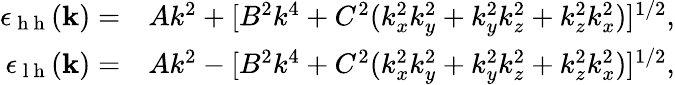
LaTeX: \begin{array}{rl}{\epsilon_{\mathrm{~h~h~}}(\mathbf k)=}&{{}Ak^{2}+[B^{2}k^{4}+C^{2}(k_{x}^{2}k_{y}^{2}+k_{y}^{2}k_{z}^{2}+k_{z}^{2}k_{x}^{2})]^{1/2},}\\ {\epsilon_{\mathrm{~l~h~}}(\mathbf k)=}&{{}Ak^{2}-[B^{2}k^{4}+C^{2}(k_{x}^{2}k_{y}^{2}+k_{y}^{2}k_{z}^{2}+k_{z}^{2}k_{x}^{2})]^{1/2},}\end{array}